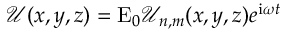
\mathcal { U } ( x , y , z ) = \mathrm { E } _ { 0 } \mathcal { U } _ { n , m } ( x , y , z ) e ^ { \mathrm { i } \omega t }